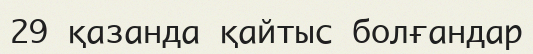
29 қазанда қайтыс болғандар